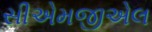
સીએમજીએલ